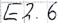
Text: E2.6